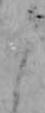
よ